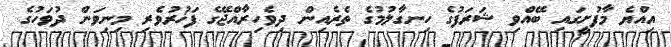
އިއްޔެ މާފުށީގައި ބޭއްވި ޝަރަފުގެ ހިނގާލުމުގެ ތެރެއިން ދިވެހިރާއްޖޭގެ ފަޚުރުވެރި މިނިވަން ދުވަހުގެ